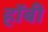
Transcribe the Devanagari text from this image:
हाॅबी